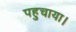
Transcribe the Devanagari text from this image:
पहुचाया।